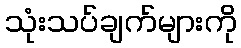
သုံးသပ်ချက်များကို